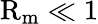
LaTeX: \mathrm{R}_{\mathrm{m}}\ll 1